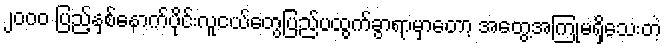
၂၀၀၀ ပြည့်နှစ်နောက်ပိုင်းလူငယ်တွေပြည်ပထွက်ခွာရာမှာတော့ အတွေ့အကြုံမရှိသေးတဲ့